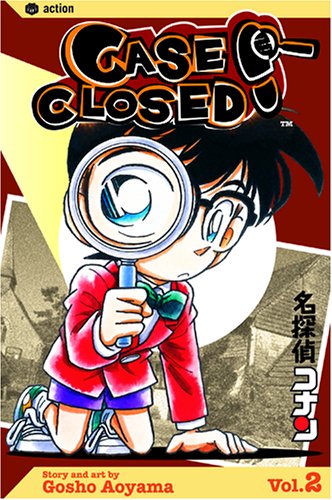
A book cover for Case Closed, Vol. 2; Gosho Aoyama; Comics & Graphic Novels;